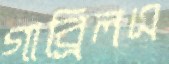
গাব্রিলএ